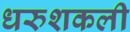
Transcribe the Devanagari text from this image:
धरुशकली